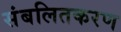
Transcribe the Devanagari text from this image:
संबलितकरण